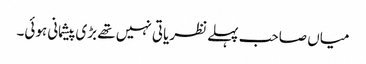
میاں صاحب پہلے نظریاتی نہیں تھے بڑی پیشمانی ہوئی۔